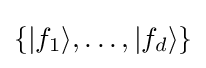
\{|f_{1}\rangle ,\dots ,|f_{d}\rangle \}